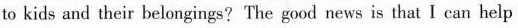
to kids and their belongings? The good news is that I can help